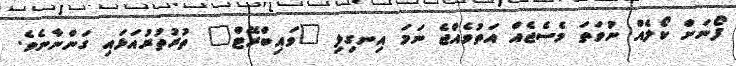
ފޯނަށް ކޯލެއް ނުވަތަ މެސެޖެއް އަތުވެއްޖެ ނަމަ އިނގިލި "ވައިބްރޭޓް" ތުރުތުރުއަޅައި ގަންނާނެވެ.